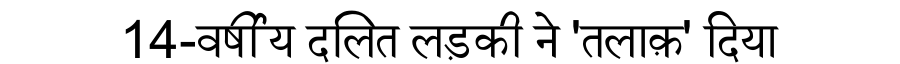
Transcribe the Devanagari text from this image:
14-वर्षीय दलित लड़की ने 'तलाक़' दिया